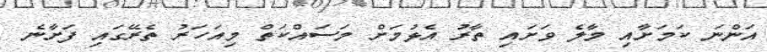
އަންނަ ކަމަށާއި މާލެ ވަށައި ތާރު އެޅުމަށް މަސައްކަތް މިއަހަރު ތެރޭގައި ފަށާނެ